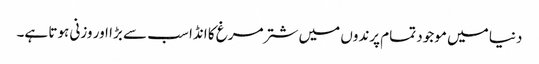
دنیا میں موجود تمام پرندوں میں شتر مرغ کا انڈا سب سے بڑا اور وزنی ہوتا ہے۔